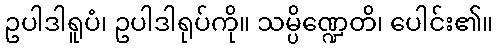
ဥပါဒါရူပံ၊ ဥပါဒါရုပ်ကို။ သမ္ပိဏ္ဍေတိ၊ ပေါင်း၏။